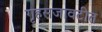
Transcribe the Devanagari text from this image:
गृहसजावटीत